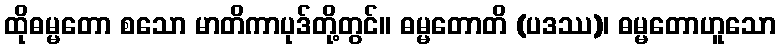
ထိုဓမ္မတော စသော မာတိကာပုဒ်တို့တွင်။ ဓမ္မတောတိ (ပဒဿ)၊ ဓမ္မတောဟူသော